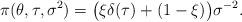
LaTeX: \begin{align*}\pi(\theta, \tau, \sigma^2) = \big(\xi \delta(\tau) + (1-\xi) \big) \sigma^{-2}.\end{align*}